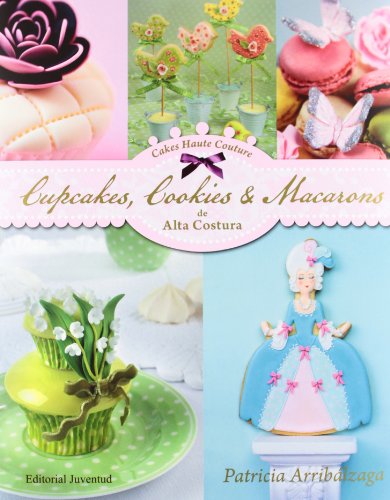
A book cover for Cupcakes, Cookies & Macarons de alta costura (Spanish Edition); Patricia Arribalzaga; Cookbooks, Food & Wine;